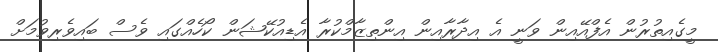
މީގެއިތުރުން އެފްއޭއިން ވަނީ އެ އިދާރާއިން އިންތިޒާމްކުރާ އެޑިއުކޭޝަން ކޯހެއްގައި ވެސް ބައިވެރިވުމަށް